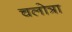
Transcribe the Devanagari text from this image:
चलोत्रा